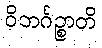
ဝိဘင်္ဂဉ္စာတိ